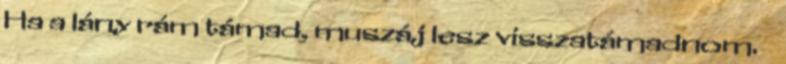
Ha a lány rám támad, muszáj lesz visszatámadnom.